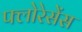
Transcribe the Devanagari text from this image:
फ्लोरेसेंस